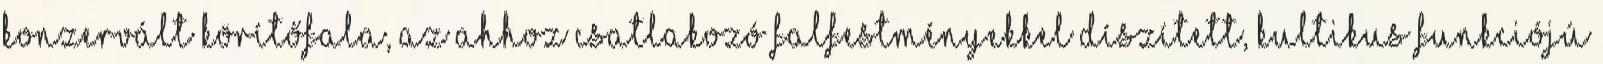
konzervált körítőfala, az ahhoz csatlakozó falfestményekkel díszített, kultikus funkciójú